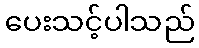
ပေးသင့်ပါသည်